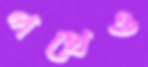
পথেও